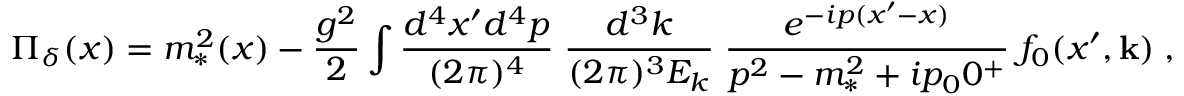
\Pi _ { \delta } ( x ) = m _ { * } ^ { 2 } ( x ) - { \frac { g ^ { 2 } } { 2 } } \int { \frac { d ^ { 4 } x ^ { \prime } d ^ { 4 } p } { ( 2 \pi ) ^ { 4 } } } \; { \frac { d ^ { 3 } k } { ( 2 \pi ) ^ { 3 } E _ { k } } } \; { \frac { e ^ { - i p ( x ^ { \prime } - x ) } } { p ^ { 2 } - m _ { * } ^ { 2 } + i p _ { 0 } 0 ^ { + } } } \; f _ { 0 } ( x ^ { \prime } , { \bf k } ) \; ,